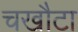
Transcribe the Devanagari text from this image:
चखौटा